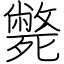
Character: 斃